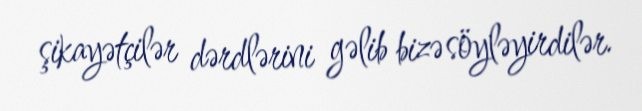
şikayətçilər dərdlərini gəlib bizə söyləyirdilər.